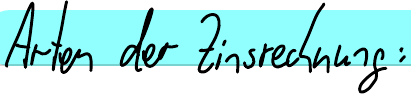
Arten der Zinsrechnung: